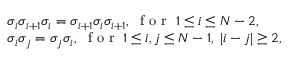
\begin{array} { l } { \sigma _ { i } \sigma _ { i + 1 } \sigma _ { i } = \sigma _ { i + 1 } \sigma _ { i } \sigma _ { i + 1 } , \; \mathrm { ~ f ~ o ~ r ~ } \; 1 \leq i \leq N - 2 , } \\ { \sigma _ { i } \sigma _ { j } = \sigma _ { j } \sigma _ { i } , \; \mathrm { ~ f ~ o ~ r ~ } \; 1 \leq i , j \leq N - 1 , \; | i - j | \geq 2 , } \end{array}